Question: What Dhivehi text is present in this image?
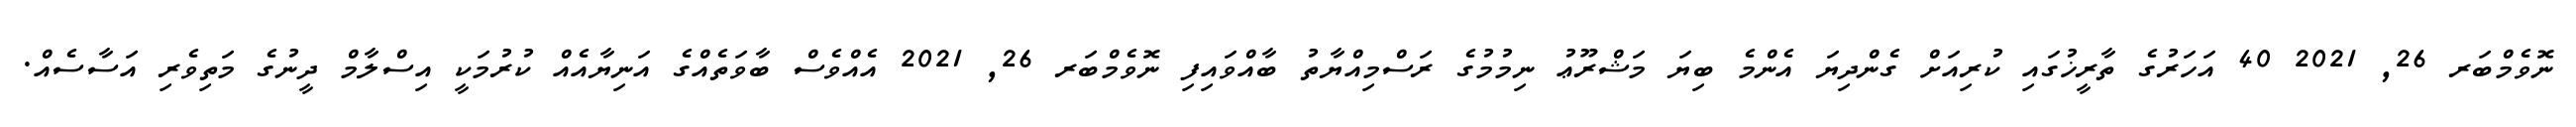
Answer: ނޮވެމްބަރ 26, 2021 40 އަހަރުގެ ތާރީޚުގައި ކުރިއަށް ގެންދިޔަ އެންމެ ބިޔަ މަޝްރޫޢު ނިމުމުގެ ރަސްމިއްޔާތު ބާއްވައިފި ނޮވެމްބަރ 26, 2021 އެއްވެސް ބާވަތެއްގެ އަނިޔާއެއް ކުރުމަކީ އިސްލާމް ދީނުގެ މަތިވެރި އަސާސެއް.